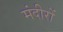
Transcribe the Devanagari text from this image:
मंदीरों